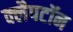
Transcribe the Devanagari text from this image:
क्लैपटॉन